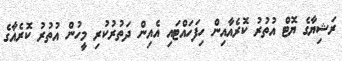
ރަޝިޔާގެ ޔޮޓް އުތުރު ކޮރެއާއިން ހިފަހައްޓައި އެއިން ދަތުރުކުރި މީހުން އުތުރު ކޮރެއާގެ